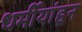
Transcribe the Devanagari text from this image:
धर्मीयांहून